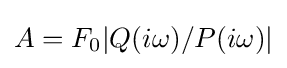
A=F_{0}|Q(i\omega )/P(i\omega )|